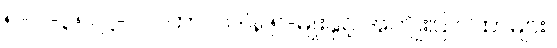
၅-ပါ-၃၅၊ ဋ္ဌ-၂၁၊ ကာလဒါန ၅-မျိုးနှင့် အကျိုးပြ ဂါထာများ။